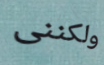
ولكننى